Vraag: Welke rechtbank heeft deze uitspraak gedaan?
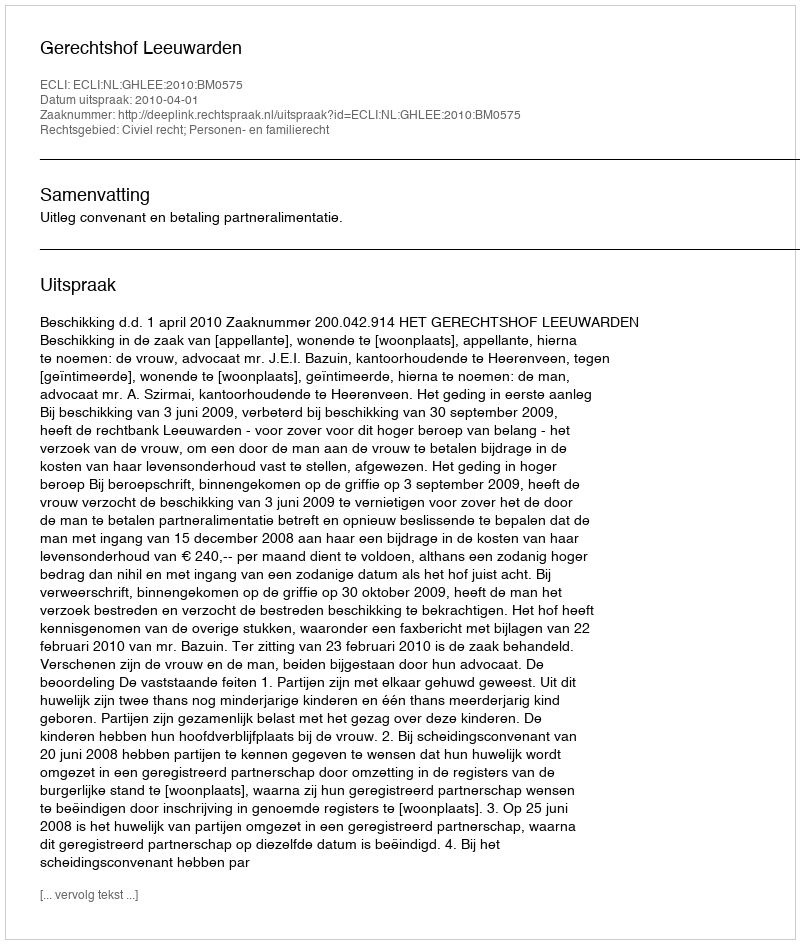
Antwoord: Gerechtshof Leeuwarden